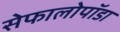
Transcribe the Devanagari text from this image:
सेफालोपॉडा